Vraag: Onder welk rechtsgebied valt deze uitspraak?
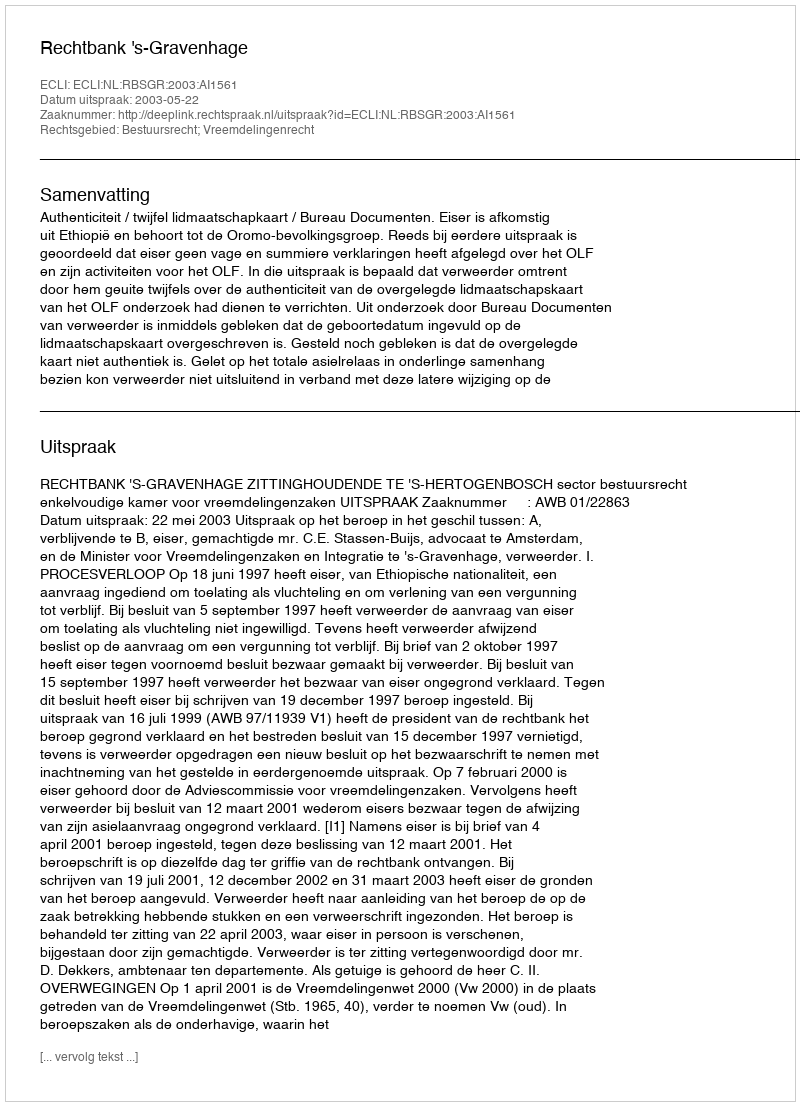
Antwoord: Bestuursrecht; Vreemdelingenrecht